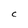
Character: C